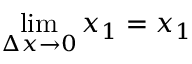
\operatorname* { l i m } _ { \Delta x \to 0 } x _ { 1 } = x _ { 1 }